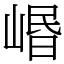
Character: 㟭